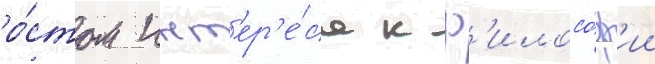
ро́стом инт'ер'е́са к ф'илосо́ф'ии